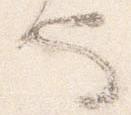
也